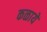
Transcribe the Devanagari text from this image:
कळायें